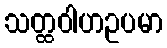
သတ္ထဝါဟဥပမာ